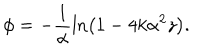
\phi = - \frac { 1 } { \alpha } \ln \left( 1 - 4 k \alpha ^ { 2 } z \right) .